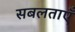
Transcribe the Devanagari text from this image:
सबलताएँ